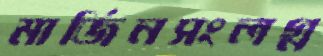
মার্জিনসংলগ্ন